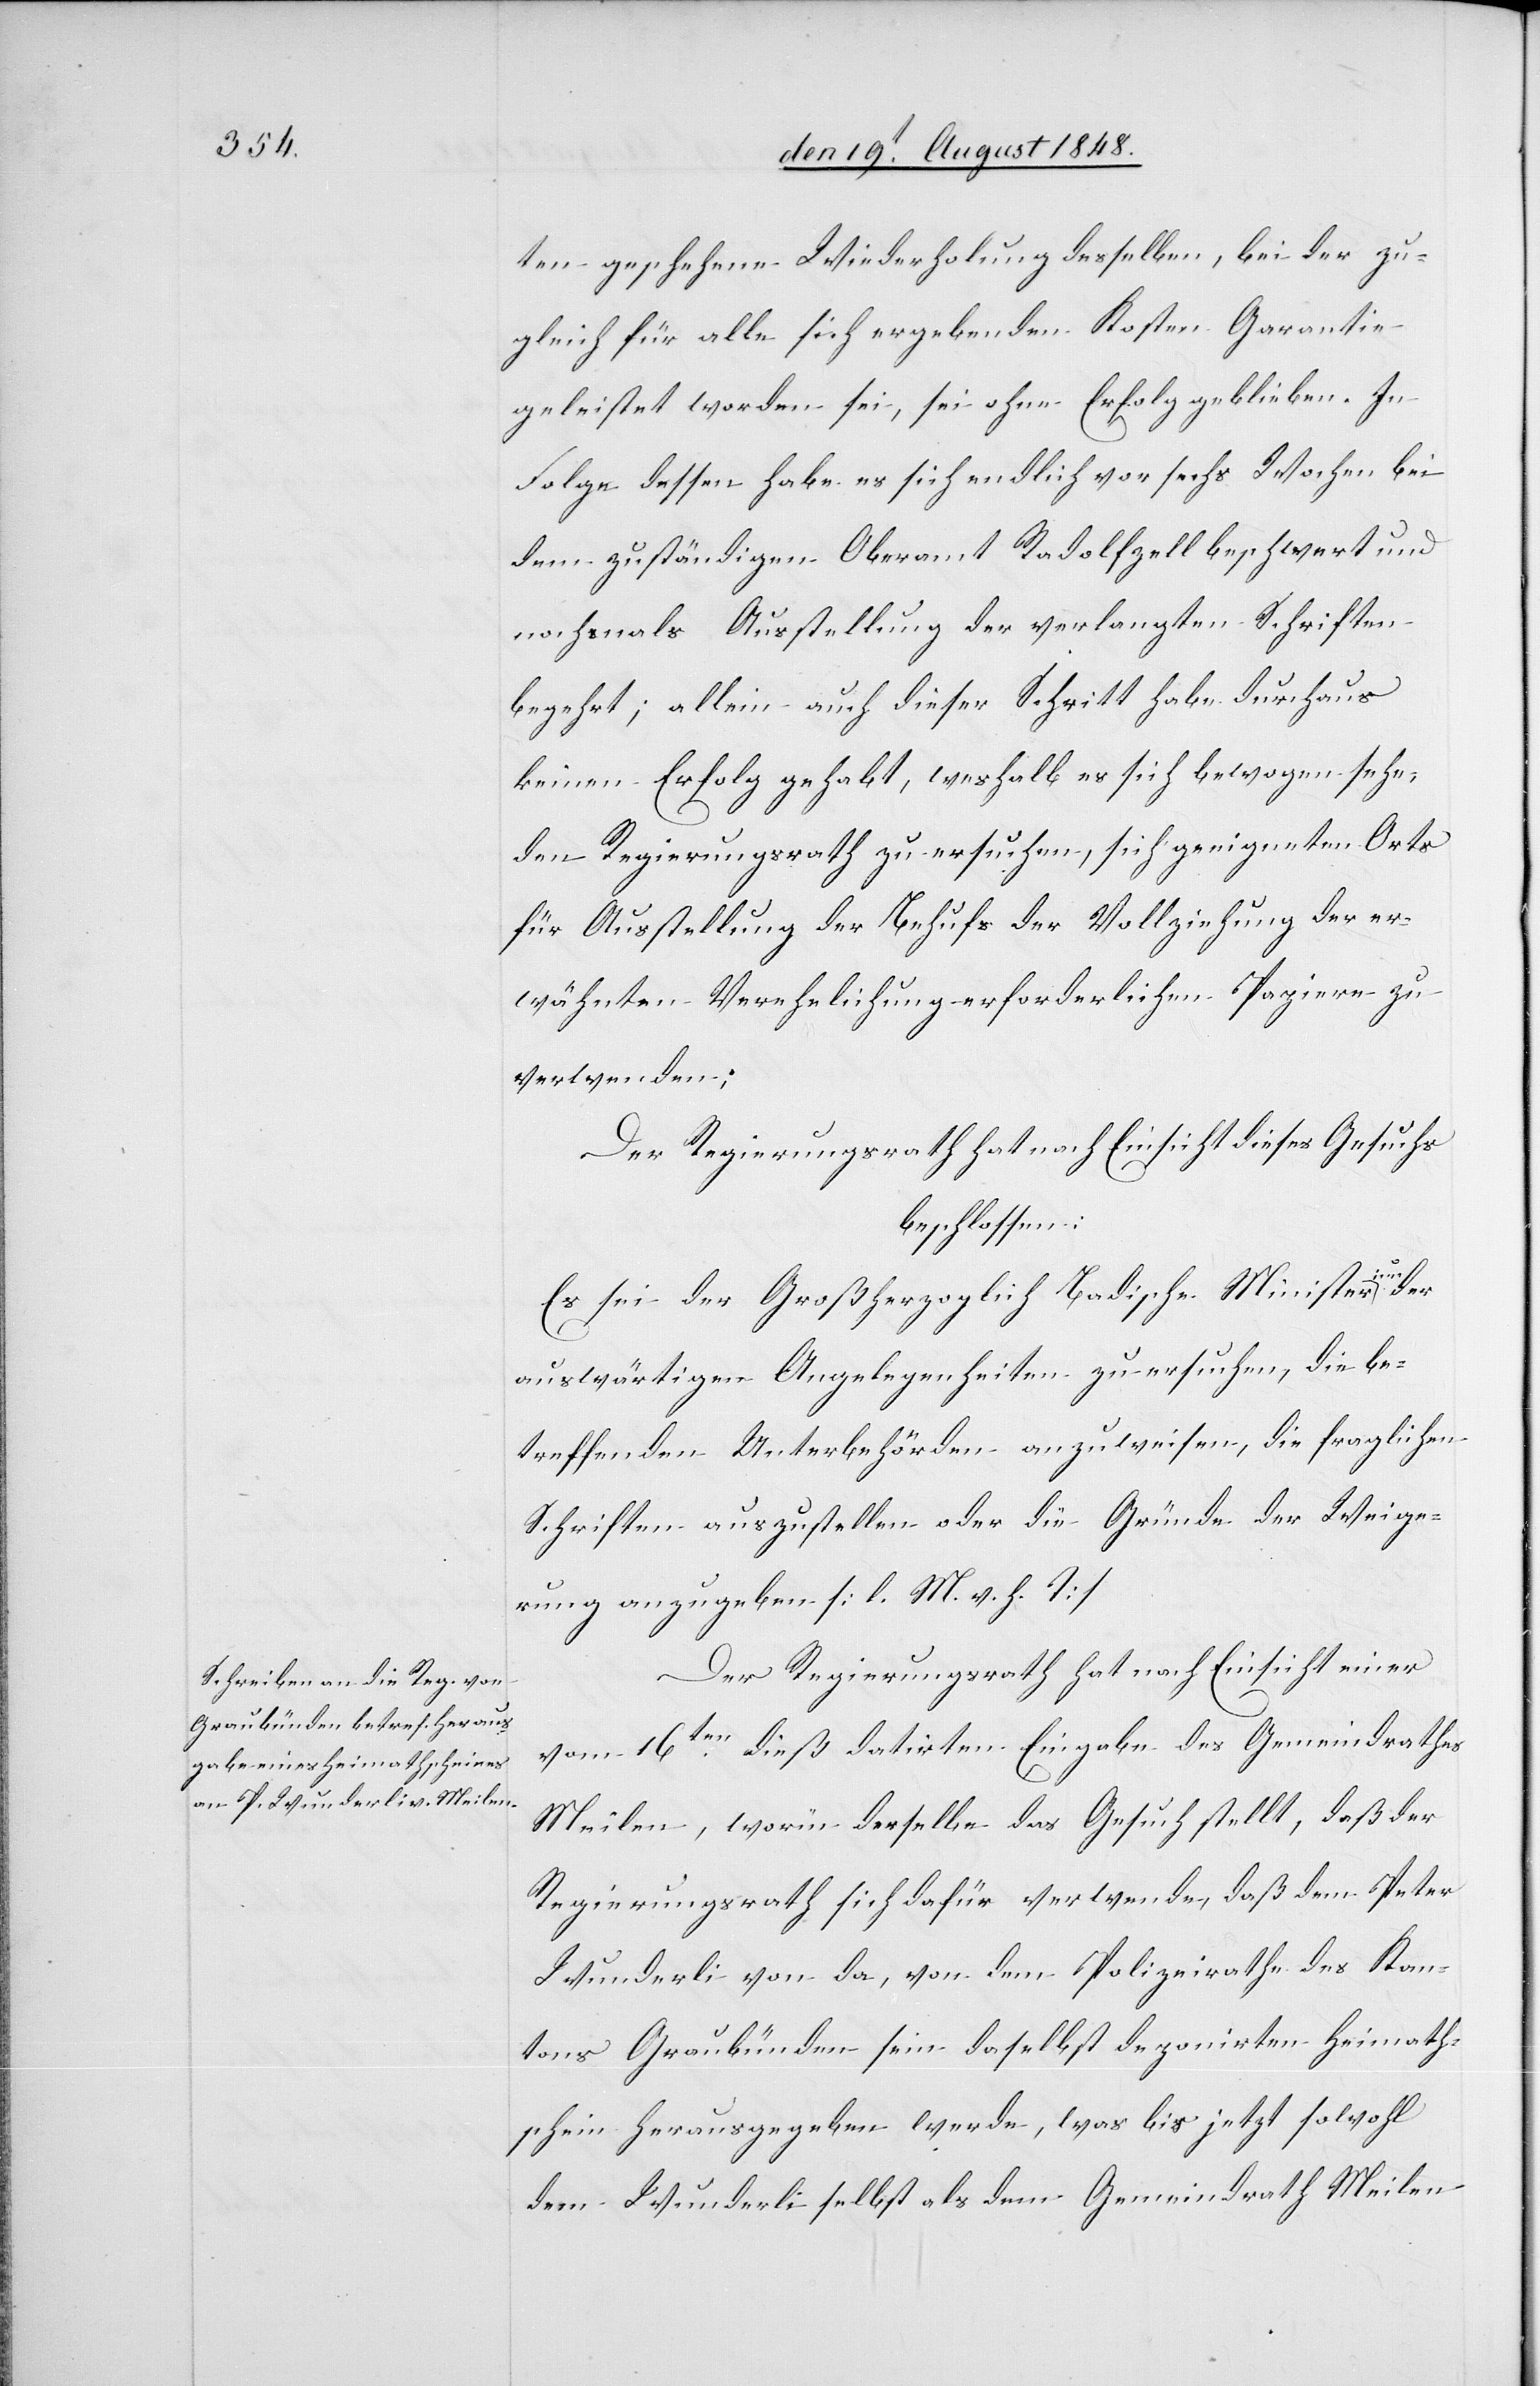
ten geschehene Wiederholung desselben, bei der zu¬
gleich für alle sich ergebenden Kosten Garantie
geleistet worden sei, sei ohne Erfolg geblieben. In
Folge dessen habe es sich endlich vor sechs Wochen bei
dem zuständigen Oberamt Radolfzell beschwert und
nochmals Ausstellung der verlangten Schriften
begehrt; allein auch dieser Schritt habe durchaus
keinen Erfolg gehabt, weshalb es sich bewogen sehe,
den Regierungsrath zu ersuchen, sich geeigneten Orts
für Ausstellung der Behufs der Vollziehung der er¬
wähnten Verehelichung erforderlichen Papiere zu
verwenden;
Der Regierungsrath hat nach Einsicht dieses Gesuchs
beschlossen:
Badische
auswärtigen Angelegenheiten zu ersuchen, die be¬
treffenden Unterbehörden anzuweisen, die fraglichen
Schriften auszustellen oder die Gründe der Weige¬
rung anzugeben. [l. M. v. h. T]
Der Regierungsrath hat nach Einsicht einer
vom 16ten dieß datirten Eingabe des Gemeindrathes
Meilen, worin derselbe das Gesuch stellt, daß der
Regierungsrath sich dafür verwende, daß dem Peter
Wunderli von da, von dem Polizeirathe des Kan¬
tons Graubünden sein daselbst deponirten Heimath¬
schein herausgegeben werde, was bis jetzt sowohl
dem Wunderli selbst als dem Gemeindrath Meilen